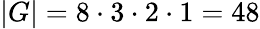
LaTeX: |G|=8\cdot 3\cdot 2\cdot 1=48